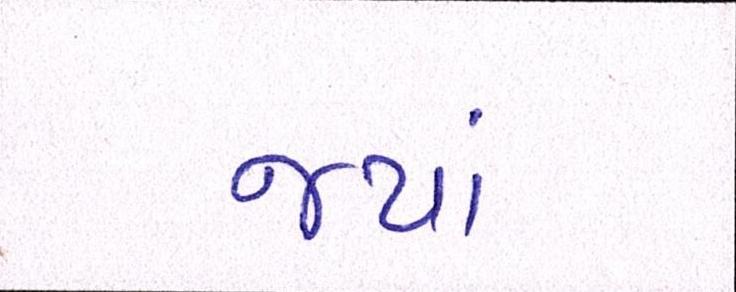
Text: જ્યાં